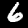
Label: 6